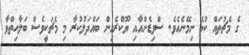
ގެ މެޗުތައް ކުޅެ ނިމޭނެއެވެ. ސްވިޑެންއާއި ޔޫކްރެއިން ބައްދަލުކުރާ މި މެޗަކީވެސް ބަލާހިތްވާ